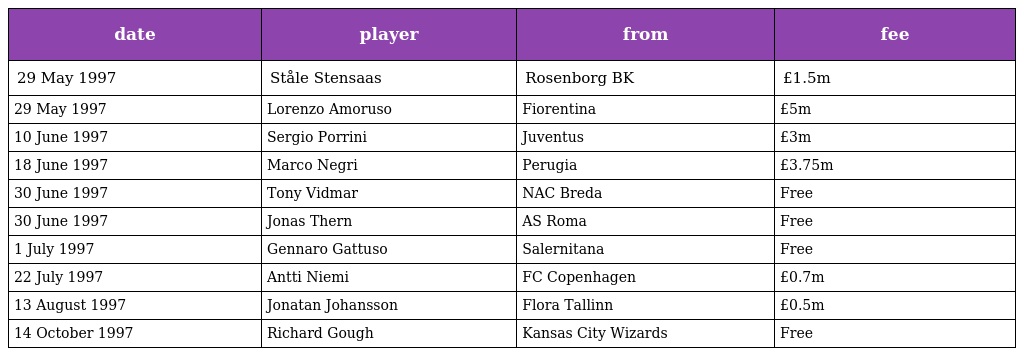
| date | player | from | fee |
 | --- | --- | --- | --- |
 | 29 May 1997 | Ståle Stensaas | Rosenborg BK | £1.5m |
 | 29 May 1997 | Lorenzo Amoruso | Fiorentina | £5m |
 | 10 June 1997 | Sergio Porrini | Juventus | £3m |
 | 18 June 1997 | Marco Negri | Perugia | £3.75m |
 | 30 June 1997 | Tony Vidmar | NAC Breda | Free |
 | 30 June 1997 | Jonas Thern | AS Roma | Free |
 | 1 July 1997 | Gennaro Gattuso | Salernitana | Free |
 | 22 July 1997 | Antti Niemi | FC Copenhagen | £0.7m |
 | 13 August 1997 | Jonatan Johansson | Flora Tallinn | £0.5m |
 | 14 October 1997 | Richard Gough | Kansas City Wizards | Free |